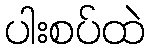
ပါးစပ်ထဲ